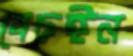
বেচঈন